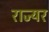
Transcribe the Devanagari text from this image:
राज्यर